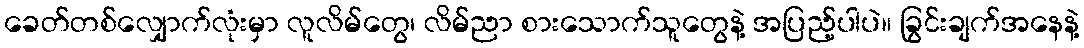
ခေတ်တစ်လျှောက်လုံးမှာ လူလိမ်တွေ၊ လိမ်ညာ စားသောက်သူတွေနဲ့ အပြည့်ပါပဲ။ ခြွင်းချက်အနေနဲ့